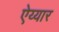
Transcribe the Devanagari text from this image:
ऐय्यार